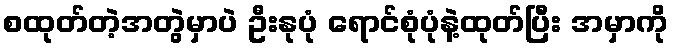
စထုတ်တဲ့အတွဲမှာပဲ ဦးနုပုံ ရောင်စုံပုံနဲ့ထုတ်ပြီး အမှာကို